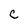
Character: c